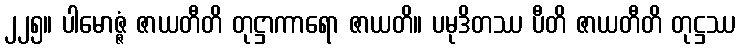
၂၂၅။ ပါမောဇ္ဇံ ဇာယတီတိ တုဋ္ဌာကာရော ဇာယတိ။ ပမုဒိတဿ ပီတိ ဇာယတီတိ တုဋ္ဌဿ